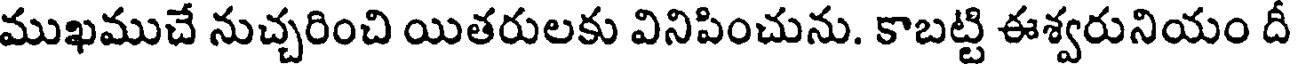
ముఖముచే నుచ్చరించి యితరులకు వినిపించును. కాబట్టి ఈశ్వరునియం దీ